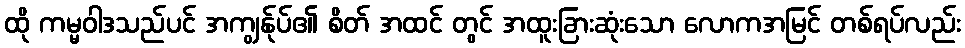
ထို ကမ္မဝါဒသည်ပင် အကျွန်ုပ်၏ စိတ် အထင် တွင် အထူးခြားဆုံးသော လောကအမြင် တစ်ရပ်လည်း